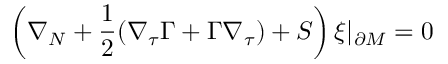
\left( \nabla _ { N } + \frac 1 2 ( \nabla _ { \tau } \Gamma + \Gamma \nabla _ { \tau } ) + { \cal S } \right) \xi \vert _ { \partial { \cal M } } = 0